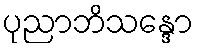
ပုညာဘိသန္ဒော